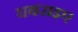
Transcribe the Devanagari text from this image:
घबराइए